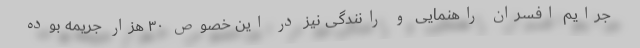
جرایم افسران راهنمایی و رانندگی نیز در این خصوص ۳۰ هزار جریمه بوده